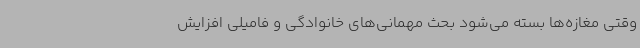
وقتی مغازه‌ها بسته می‌شود بحث مهمانی‌های خانوادگی و فامیلی افزایش